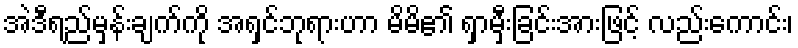
အဲဒီရည်မှန်းချက်ကို အရှင်ဘုရားဟာ မိမိ၏ ရှာမှီးခြင်းအားဖြင့် လည်းကောင်း၊